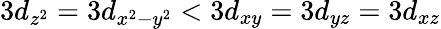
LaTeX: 3d_{z^{2}}=3d_{x^{2}-y^{2}}<3d_{xy}=3d_{yz}=3d_{xz}